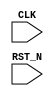
//
// Generated by Bluespec Compiler (build 00185f79)
//
// On Sat Apr 10 11:05:02 IST 2021
//
//
// Ports:
// Name                         I/O  size props
// CLK                            I     1 clock
// RST_N                          I     1 reset
//
// No combinational paths from inputs to outputs
//
//

`ifdef BSV_ASSIGNMENT_DELAY
`else
  `define BSV_ASSIGNMENT_DELAY
`endif

`ifdef BSV_POSITIVE_RESET
  `define BSV_RESET_VALUE 1'b1
  `define BSV_RESET_EDGE posedge
`else
  `define BSV_RESET_VALUE 1'b0
  `define BSV_RESET_EDGE negedge
`endif

module mkTb(CLK,
	    RST_N);
  input  CLK;
  input  RST_N;

  // register int16
  reg [15 : 0] int16;
  wire [15 : 0] int16$D_IN;
  wire int16$EN;

  // register step
  reg [31 : 0] step;
  wire [31 : 0] step$D_IN;
  wire step$EN;

  // register uint16
  reg [15 : 0] uint16;
  wire [15 : 0] uint16$D_IN;
  wire uint16$EN;

  // remaining internal signals
  wire [15 : 0] IF_int16_1_BIT_15_2_THEN_NEG_int16_1_3_ELSE_in_ETC___d15;

  // register int16
  assign int16$D_IN =
	     int16[15] ?
	       -IF_int16_1_BIT_15_2_THEN_NEG_int16_1_3_ELSE_in_ETC___d15 :
	       IF_int16_1_BIT_15_2_THEN_NEG_int16_1_3_ELSE_in_ETC___d15 ;
  assign int16$EN = step == 32'd1 ;

  // register step
  assign step$D_IN = step + 32'd1 ;
  assign step$EN =
	     step == 32'd3 || step == 32'd2 || step == 32'd1 ||
	     step == 32'd0 ;

  // register uint16
  assign uint16$D_IN = 16'h0 ;
  assign uint16$EN = 1'b0 ;

  // remaining internal signals
  assign IF_int16_1_BIT_15_2_THEN_NEG_int16_1_3_ELSE_in_ETC___d15 =
	     (int16[15] ? -int16 : int16) >> 2 ;

  // handling of inlined registers

  always@(posedge CLK)
  begin
    if (RST_N == `BSV_RESET_VALUE)
      begin
        int16 <= `BSV_ASSIGNMENT_DELAY 16'h0800;
	step <= `BSV_ASSIGNMENT_DELAY 32'd0;
	uint16 <= `BSV_ASSIGNMENT_DELAY 16'h0800;
      end
    else
      begin
        if (int16$EN) int16 <= `BSV_ASSIGNMENT_DELAY int16$D_IN;
	if (step$EN) step <= `BSV_ASSIGNMENT_DELAY step$D_IN;
	if (uint16$EN) uint16 <= `BSV_ASSIGNMENT_DELAY uint16$D_IN;
      end
  end

  // synopsys translate_off
  `ifdef BSV_NO_INITIAL_BLOCKS
  `else // not BSV_NO_INITIAL_BLOCKS
  initial
  begin
    int16 = 16'hAAAA;
    step = 32'hAAAAAAAA;
    uint16 = 16'hAAAA;
  end
  `endif // BSV_NO_INITIAL_BLOCKS
  // synopsys translate_on

  // handling of system tasks

  // synopsys translate_off
  always@(negedge CLK)
  begin
    #0;
    if (RST_N != `BSV_RESET_VALUE)
      if (step == 32'd0) $display("== step 0 ==");
    if (RST_N != `BSV_RESET_VALUE)
      if (step == 32'd0) $display("foo = %x", $unsigned(16'd1));
    if (RST_N != `BSV_RESET_VALUE)
      if (step == 32'd0) $display("foo = %x", $unsigned(16'd1));
    if (RST_N != `BSV_RESET_VALUE)
      if (step == 32'd0) $display("foo = %x", $unsigned(16'hFFFF));
    if (RST_N != `BSV_RESET_VALUE)
      if (step == 32'd0) $display("foo = %x", $unsigned(16'd0));
    if (RST_N != `BSV_RESET_VALUE)
      if (step == 32'd0) $display("fooneg = %x", 1'd0);
    if (RST_N != `BSV_RESET_VALUE)
      if (step == 32'd0) $display("maxUInt16 = %x", $unsigned(16'hFFFF));
    if (RST_N != `BSV_RESET_VALUE)
      if (step == 32'd0) $display("minUInt16 = %x", $unsigned(16'd0));
    if (RST_N != `BSV_RESET_VALUE)
      if (step == 32'd0)
	$display("%x < %x == %x (unsigned)",
		 $unsigned(16'd0),
		 $unsigned(16'hFFFF),
		 1'd1);
    if (RST_N != `BSV_RESET_VALUE)
      if (step == 32'd1) $display("== step 1 ==");
    if (RST_N != `BSV_RESET_VALUE)
      if (step == 32'd1) $display("maxInt16 = %x", $signed(16'd32767));
    if (RST_N != `BSV_RESET_VALUE)
      if (step == 32'd1) $display("minInt16 = %x", $signed(16'd32768));
    if (RST_N != `BSV_RESET_VALUE)
      if (step == 32'd1)
	$display("%x < %x == %x (signed)",
		 $signed(16'd32768),
		 $signed(16'd32767),
		 1'd1);
    if (RST_N != `BSV_RESET_VALUE)
      if (step == 32'd1) $display("maxInt16/4 = %x", $signed(16'd8191));
    if (RST_N != `BSV_RESET_VALUE)
      if (step == 32'd2) $display("== step 2 ==");
    if (RST_N != `BSV_RESET_VALUE)
      if (step == 32'd2) $display("foo is 32 bits = %b", $signed(32'd10));
    if (RST_N != `BSV_RESET_VALUE)
      if (step == 32'd2) $display("this is 1 bit = %b", 1'd1);
    if (RST_N != `BSV_RESET_VALUE)
      if (step == 32'd3) $display("== step 3 ==");
    if (RST_N != `BSV_RESET_VALUE) if (step == 32'd3) $display("b1 is True");
    if (RST_N != `BSV_RESET_VALUE)
      if (step == 32'd3) $display("onebit is a 1");
    if (RST_N != `BSV_RESET_VALUE) if (step == 32'd4) $display("=== ===");
    if (RST_N != `BSV_RESET_VALUE) if (step == 32'd4) $display("All done");
    if (RST_N != `BSV_RESET_VALUE) if (step == 32'd4) $finish(32'd0);
  end
  // synopsys translate_on
endmodule  // mkTb